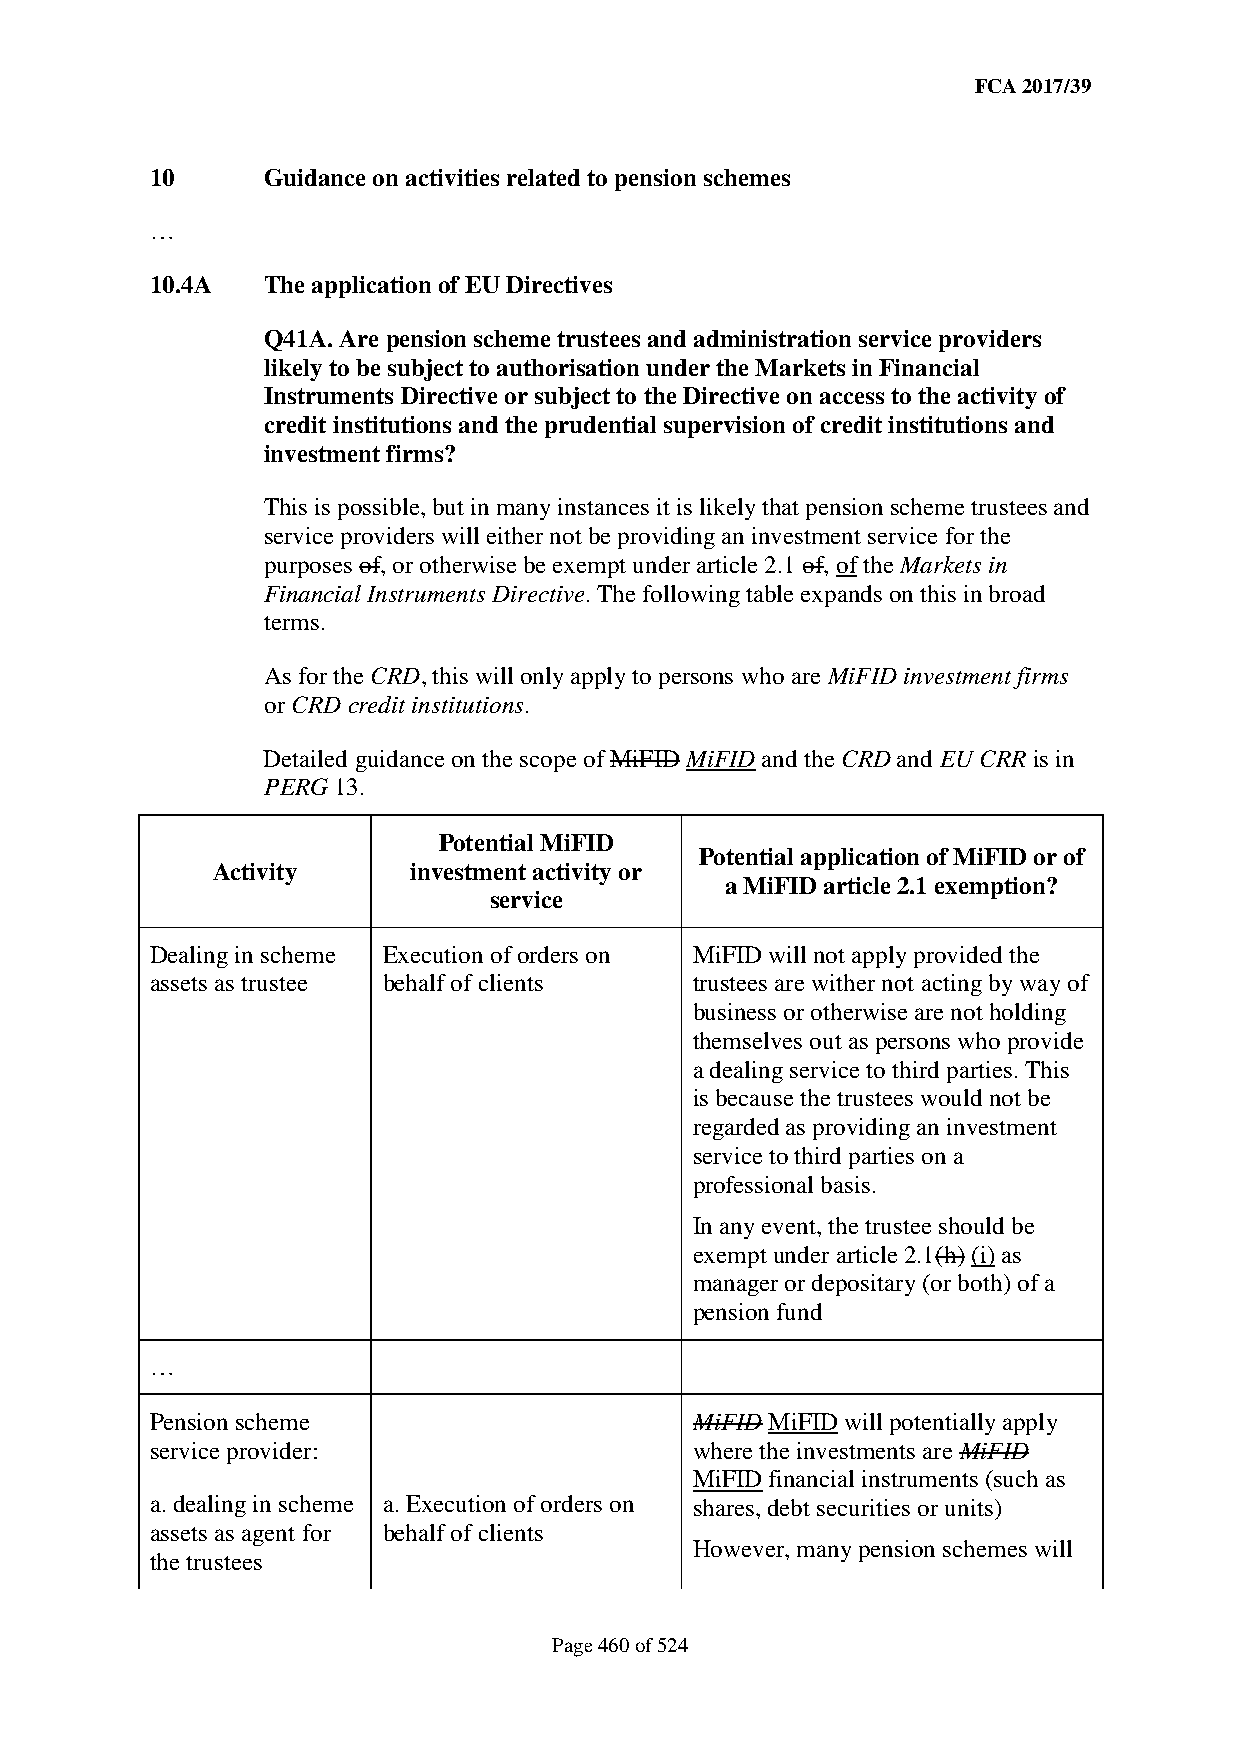
FCA 2017/39
 10     Guidance on activities related to pension schemes
 …
 10.4A  The application of EU Directives
 Q41A. Are pension scheme trustees and administration service providers
 likely to be subject to authorisation under the Markets in Financial
 Instruments Directive or subject to the Directive on access to the activity of
 credit institutions and the prudential supervision of credit institutions and
 investment firms?
 This is possible, but in many instances it is likely that pension scheme trustees and
 service providers will either not be providing an investment service for the
 purposes of, or otherwise be exempt under article 2.1 of, of the Markets in
 Financial Instruments Directive. The following table expands on this in broad
 terms.
 As for the CRD, this will only apply to persons who are MiFID investment firms
 or CRD credit institutions.
 Detailed guidance on the scope of MiFID MiFID and the CRD and EU CRR is in
 PERG 13.
 Potential MiFID
 Potential application of MiFID or of
 Activity     investment activity or
 a MiFID article 2.1 exemption?
 service
 Dealing in scheme Execution of orders on MiFID will not apply provided the
 assets as trustee behalf of clients trustees are wither not acting by way of
 business or otherwise are not holding
 themselves out as persons who provide
 a dealing service to third parties. This
 is because the trustees would not be
 regarded as providing an investment
 service to third parties on a
 professional basis.
 In any event, the trustee should be
 exempt under article 2.1(h) (i) as
 manager or depositary (or both) of a
 pension fund
 …
 Pension scheme                      MiFID MiFID will potentially apply
 service provider:                   where the investments are MiFID
 MiFID financial instruments (such as
 a. dealing in scheme a. Execution of orders on shares, debt securities or units)
 assets as agent for behalf of clients
 However, many pension schemes will
 the trustees
 Page 460 of 524